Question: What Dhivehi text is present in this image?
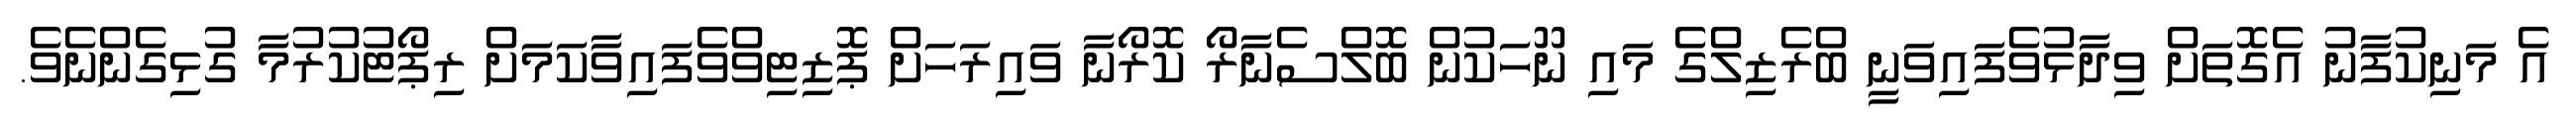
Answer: އެ މަނިކުފާނު އެގޮތަށް ވިދާޅުވެފައިވަނީ ބްރެޒިލްގެ މައި ނޫހަކުން ބޮލްސެނާރޯ ކޮރޯނާ ވައިރަހަށް ޕޮޒިޓިވްވެފައިވާކަމަށް ރިޕޯޓުކުރުމާ ގުޅިގެންނެވެ.